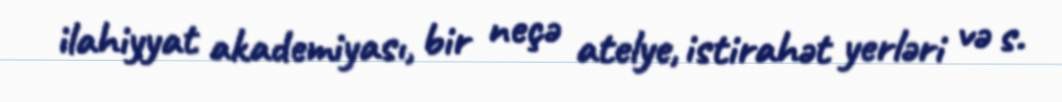
ilahiyyat akademiyası, bir neçə atelye, istirahət yerləri və s.